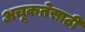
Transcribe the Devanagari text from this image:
अचूकतेसाठी